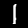
Digit: 1